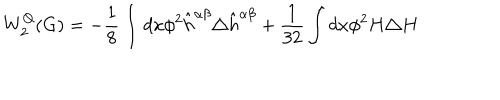
W _ { 2 } ^ { Q } ( G ) = - \frac { 1 } { 8 } \int d x \phi ^ { 2 } \hat { h } ^ { \alpha \beta } \triangle \hat { h } ^ { \alpha \beta } + \frac { 1 } { 3 2 } \int d x \phi ^ { 2 } H \triangle H